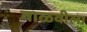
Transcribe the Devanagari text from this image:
वाळवीला